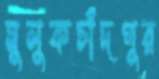
মুলুকচাঁদপুর